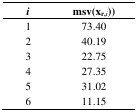
<table><thead><tr><td><b><i>i</i></b></td><td><b>msv(x<sub>r,</sub><i><sub>i</sub></i>))</b></td></tr></thead><tbody><tr><td>1</td><td>73.40</td></tr><tr><td>2</td><td>40.19</td></tr><tr><td>3</td><td>22.75</td></tr><tr><td>4</td><td>27.35</td></tr><tr><td>5</td><td>31.02</td></tr><tr><td>6</td><td>11.15</td></tr></tbody></table>